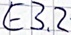
Text: E3.2